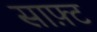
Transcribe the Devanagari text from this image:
साफ़्ट